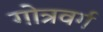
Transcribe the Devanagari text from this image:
गोत्रवर्ग